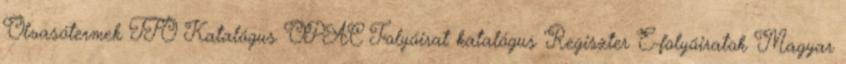
Olvasótermek TTO Katalógus OPAC Folyóirat katalógus Regiszter E-folyóiratok Magyar